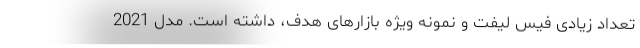
تعداد زیادی فیس لیفت و نمونه ویژه بازارهای هدف، داشته است. مدل 2021